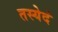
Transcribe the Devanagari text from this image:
तस्येदं